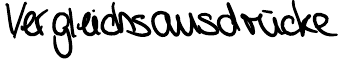
Vergleichsausdrücke